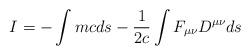
LaTeX: \begin{align*}I=-\int{mc ds} -{1\over 2c} \int{F_{\mu\nu}D^{\mu\nu} ds}\end{align*}